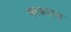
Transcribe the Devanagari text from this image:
सरकरला